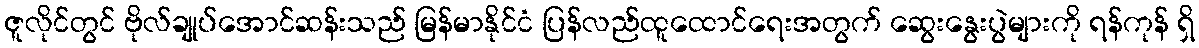
ဇူလိုင်တွင် ဗိုလ်ချုပ်အောင်ဆန်းသည် မြန်မာနိုင်ငံ ပြန်လည်ထူထောင်ရေးအတွက် ဆွေးနွေးပွဲများကို ရန်ကုန် ရှိ